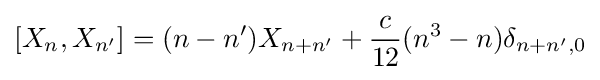
[X_{n},X_{n'}]=(n-n')X_{n+n'}+{c \over 12}(n^{3}-n)\delta _{n+n',0}